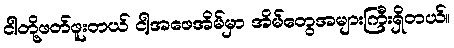
ငါတို့ဖတ်ဖူးတယ် ငါ့အဖေအိမ်မှာ အိမ်တွေအများကြီးရှိတယ်။